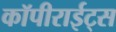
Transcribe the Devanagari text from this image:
कॉपीराईट्स